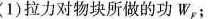
(1)拉力对物块所做的功W_{F}；